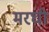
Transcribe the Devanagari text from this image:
मरघी